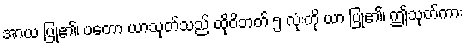
အာယ ပြု၏၊ ပတော ယာသုတ်သည် ထိုဝိဘတ် ၅ လုံးကို ယာ ပြု၏၊ ဤသုတ်ကား